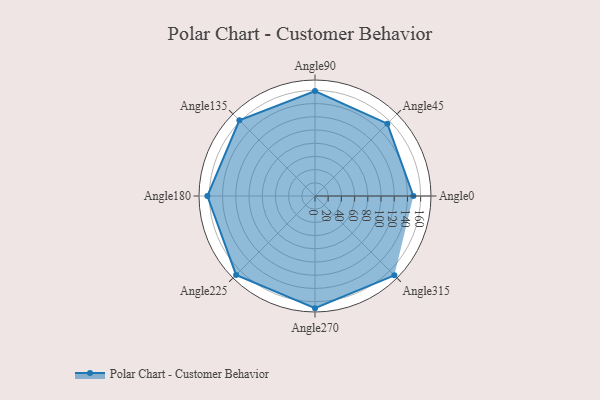
{"axis": {"x": "Angle", "y": "Radius"}, "legend": [""], "data": [{"x": "Angle0", "y": 149.0, "type": ""}, {"x": "Angle45", "y": 155.0, "type": ""}, {"x": "Angle90", "y": 159.0, "type": ""}, {"x": "Angle135", "y": 162.0, "type": ""}, {"x": "Angle180", "y": 163.0, "type": ""}, {"x": "Angle225", "y": 169.0, "type": ""}, {"x": "Angle270", "y": 170, "type": ""}, {"x": "Angle315", "y": 170, "type": ""}]}